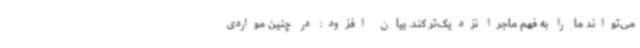
می‌تواند ما را به فهم ماجرا نزدیک‌تر کند. بیان افزود: در چنین مواردی